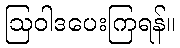
ဩဝါဒပေးကြရန်။